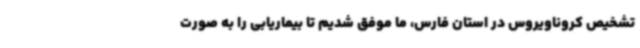
تشخیص کروناویروس در استان فارس، ما موفق شدیم تا بیماریابی را به صورت